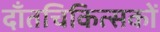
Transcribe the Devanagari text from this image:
दाँतचिकित्सकों